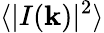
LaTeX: \langle|I(\mathbf{k})|^{2}\rangle